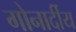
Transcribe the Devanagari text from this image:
गोनार्दीय